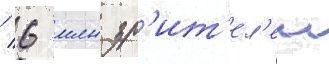
/ 6 млн зр'ит'ел'еи